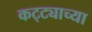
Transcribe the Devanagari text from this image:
कट्ट्याच्या